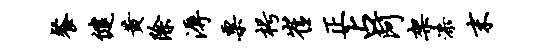
餐健黄除溽粟枵崔正占阿架漆末